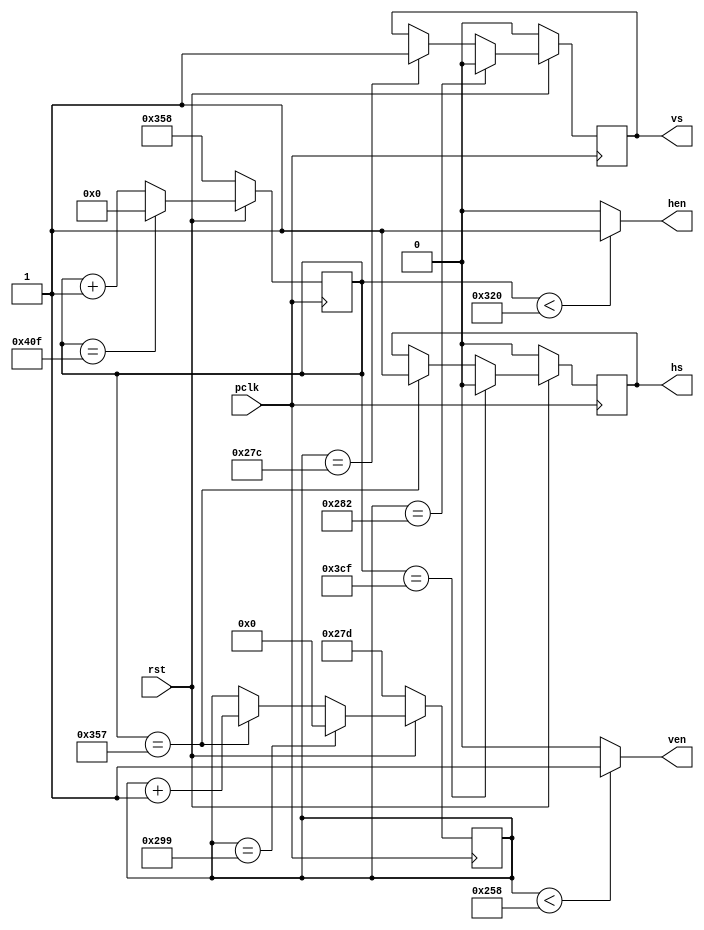
`timescale 1ns / 1ps
//////////////////////////////////////////////////////////////////////////////////
// Company: 
// Engineer: 
// 
// Design Name: 
// Module Name: VDT
// Project Name: 
// Target Devices: 
// Tool Versions: 
// Description: 
// 
// Dependencies: 
// 
// Revision:
// Revision 0.01 - File Created
// Additional Comments:
// 
//////////////////////////////////////////////////////////////////////////////////


module VDT(
    input pclk,
    input rst,

    output reg hen,
    output reg ven,
    output reg hs,
    output reg vs
);

parameter HSW = 120;
parameter HBP = 64;
parameter HEN = 800;
parameter HFP = 56;
parameter VSW = 6;
parameter VBP = 23;
parameter VEN = 600;
parameter VFP = 37;

reg [10:0] hcnt;
reg [9:0] vcnt;

initial begin
    hcnt <= 'd856;
    vcnt <= 'd637;
    vs <= 'b0;
    hs <= 'b0;
end

always@(posedge pclk) begin
    if (!rst) begin
        hcnt <= HEN + HFP;
    end
    else if (hcnt == HSW + HBP + HEN + HFP - 1) begin
        hcnt <= 0;
    end
    else begin
        hcnt <= hcnt + 1'b1;
    end
end

always@(posedge pclk) begin
    if (!rst) begin
        vcnt <= VEN + VFP;
    end
    else if (vcnt == VSW + VBP + VEN + VFP - 1) begin
        vcnt <= 0;
    end
    else if (hcnt == HEN + HFP - 1) begin
        vcnt <= vcnt + 1'b1;
    end
    else begin
        vcnt <= vcnt;
    end
end

always@(posedge pclk) begin
    if (!rst) begin
        hs <= 1'b0;
    end
    else if (hcnt == HEN + HFP + HSW - 1) begin
        hs <= 1'b0;
    end
    else if (hcnt == HEN + HFP -1) begin
        hs <= 1'b1;
    end
    else begin
        hs <= hs;
    end
end

always@(posedge pclk) begin
    if (!rst) begin
        vs <= 1'b0;
    end
    else if (vcnt == VEN + VFP + VSW - 1) begin
        vs <= 1'b0;
    end
    else if (vcnt == VEN + VFP - 1) begin
        vs <= 1'b1;
    end
    else begin
        vs <= vs;
    end
end

always@(*) begin
    if (hcnt < HEN) begin
        hen = 1'b1;
    end
    else begin
        hen = 1'b0;
    end
    if (vcnt < VEN) begin
        ven = 1'b1;
    end
    else begin
        ven = 1'b0;
    end
end
endmodule